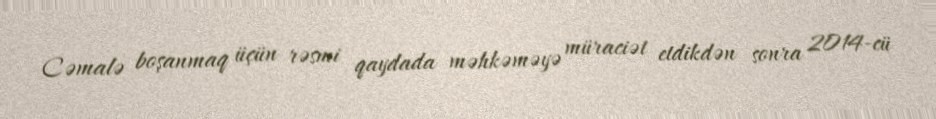
Cəmalə boşanmaq üçün rəsmi qaydada məhkəməyə müraciət etdikdən sonra 2014-cü